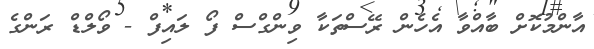
އާންމުކޮށް ބާއްވާ އެހެން ރޭސްތަކާ ވިންގްސް ފޯ ލައިފް - ވޯލްޑް ރަންގެ